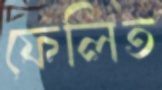
ফেলিত